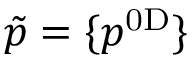
\tilde { p } = \{ p ^ { \mathrm { { 0 D } } } \}